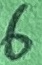
Text: 6